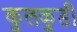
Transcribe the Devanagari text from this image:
कुलकुडी